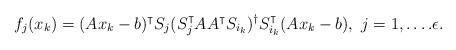
LaTeX: \begin{align*}f_j(x_k) = ( A x_k - b)^\intercal S_j (S_j^\intercal AA^\intercal S_{i_k} )^\dagger S_{i_k}^\intercal (A x_k - b),~j=1,\ldots.\epsilon.\end{align*}